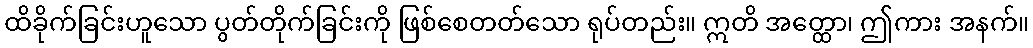
ထိခိုက်ခြင်းဟူသော ပွတ်တိုက်ခြင်းကို ဖြစ်စေတတ်သော ရုပ်တည်း။ ဣတိ အတ္ထော၊ ဤကား အနက်။